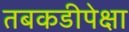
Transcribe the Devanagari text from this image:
तबकडीपेक्षा